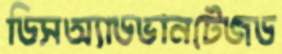
ডিসঅ্যাডভানটেজড